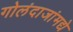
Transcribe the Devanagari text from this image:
गोलंदाजांमद्ये